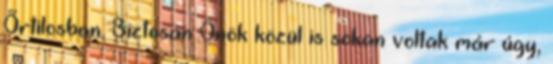
Őrtilosban. Biztosan Önök közül is sokan voltak már úgy,